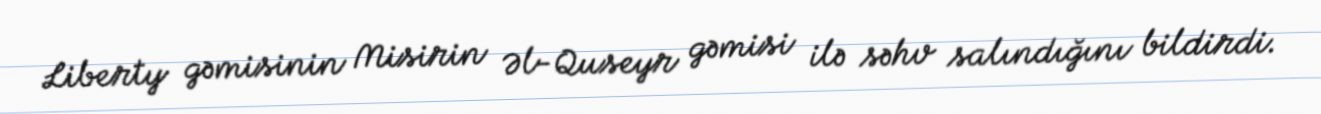
Liberty gəmisinin Misirin Əl-Quseyr gəmisi ilə səhv salındığını bildirdi.